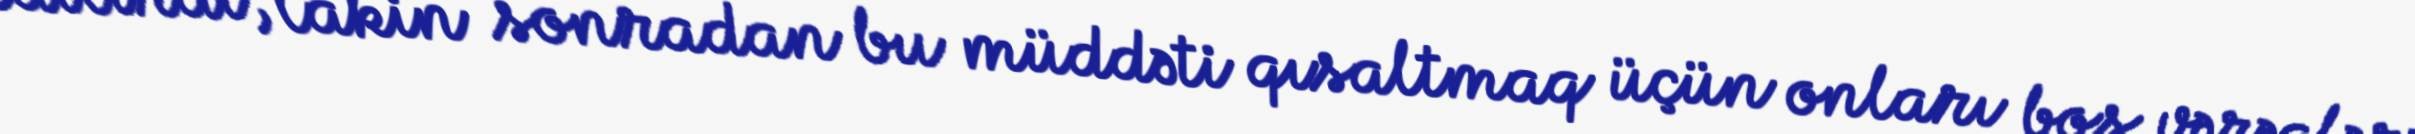
edilirdi, lakin sonradan bu müddəti qısaltmaq üçün onları boş vərəqlərə